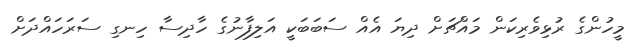
މީހުންގެ ރުޅިވެރިކަން މައްޗަށް ދިޔަ އެއް ސަބަބަކީ އަލިފާނުގެ ހާދިސާ ހިނގި ސަރަހައްދަށް